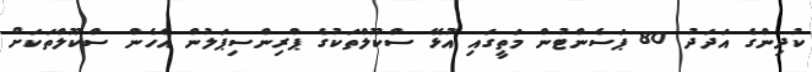
ކުދިންގެ އަދަދު 80 ޕަސެންޓުން މަތީގައި އުޅޭ ސްކޫލްތަކުގެ ޕްރިންސިޕަލުން އެހެން ސްކޫލްތަކަށް